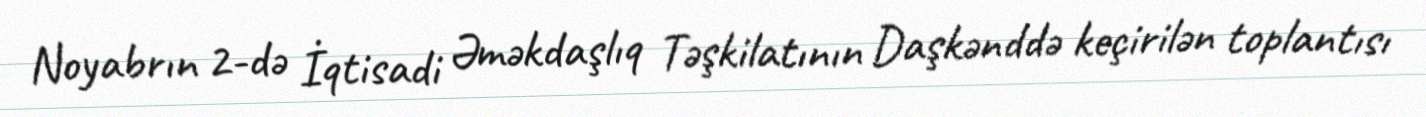
Noyabrın 2-də İqtisadi Əməkdaşlıq Təşkilatının Daşkənddə keçirilən toplantısı